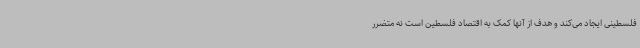
فلسطینی ایجاد می‌کند و هدف از آنها کمک به اقتصاد فلسطین است نه متضرر